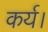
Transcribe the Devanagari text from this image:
कर्य।